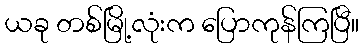
ယခု တစ်မြို့လုံးက ပြောကုန်ကြပြီ။